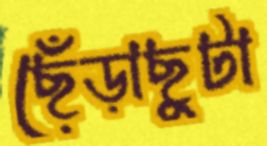
ছেঁড়াছুটা